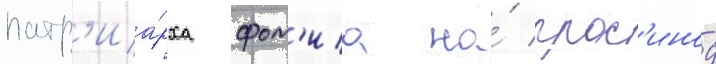
патр'иа́рха фот'иа на́ прос'инод